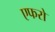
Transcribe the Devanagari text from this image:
एफरो